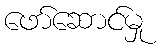
ဖော်ဆောင်မှု